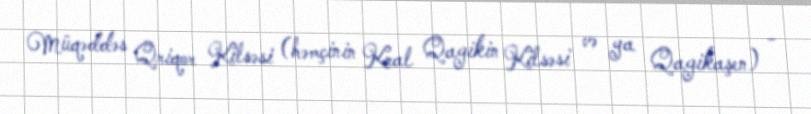
Müqəddəs Qriqor Kilsəsi (həmçinin Kral Qagikin Kilsəsi və ya Qagikaşen) -